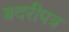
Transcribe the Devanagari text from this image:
बदरीपत्र